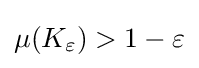
\mu (K_{\varepsilon })>1-\varepsilon